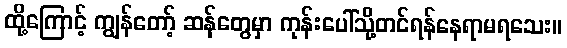
ထို့ကြောင့် ကျွန်တော့် ဆန်တွေမှာ ကုန်းပေါ်သို့တင်ရန်နေရာမရသေး။